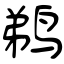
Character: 鹈